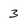
Character: 3